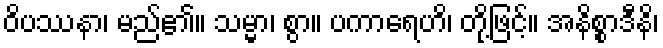
ဝိပဿနာ၊ မည်၏။ သမ္မာ၊ စွာ။ ပကာရေဟိ၊ တို့ဖြင့်။ အနိစ္စာဒီနိ၊